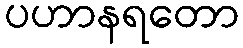
ပဟာနရတော